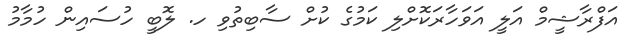
އަފްރާޝީމް އަލީ އަވަހާރަކޮށްލި ކަމުގެ ކުށް ސާބިތުވި ހ. ލޮބީ ހުސައިން ހުމާމު